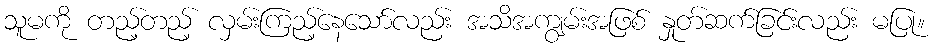
သူမကို တည့်တည့် လှမ်းကြည့်နေသော်လည်း အသိအကျွမ်းအဖြစ် နှုတ်ဆက်ခြင်းလည်း မပြု။